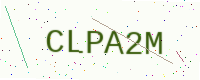
Text: CLPA2M